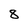
Character: 8